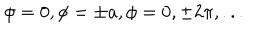
LaTeX: \phi = 0 , \phi = \pm a , \phi = 0 , \pm 2 \pi , . . .